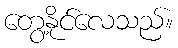
တွေ့နိုင်လေသည်။